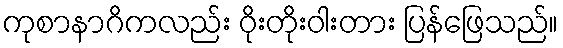
ကုစာနာဂိကလည်း ဝိုးတိုးဝါးတား ပြန်ဖြေသည်။